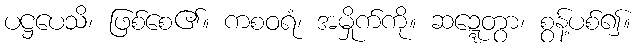
ပဋ္ဌပေသိ၊ ဖြစ်စေ၏။ ကစဝရံ၊ အမှိုက်ကို။ ဆဍ္ဍေတွာ၊ စွန့်ပစ်၍။